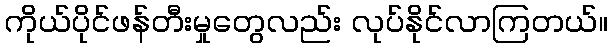
ကိုယ်ပိုင်ဖန်တီးမှုတွေလည်း လုပ်နိုင်လာကြတယ်။